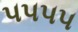
૫૫૫૫